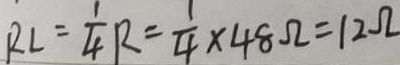
R L = \frac { 1 } { 4 } R = \frac { 1 } { 4 } \times 4 8 \Omega = 1 2 \Omega